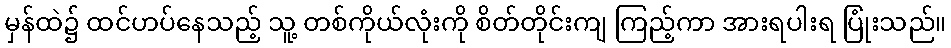
မှန်ထဲ၌ ထင်ဟပ်နေသည့် သူ့ တစ်ကိုယ်လုံးကို စိတ်တိုင်းကျ ကြည့်ကာ အားရပါးရ ပြုံးသည်။